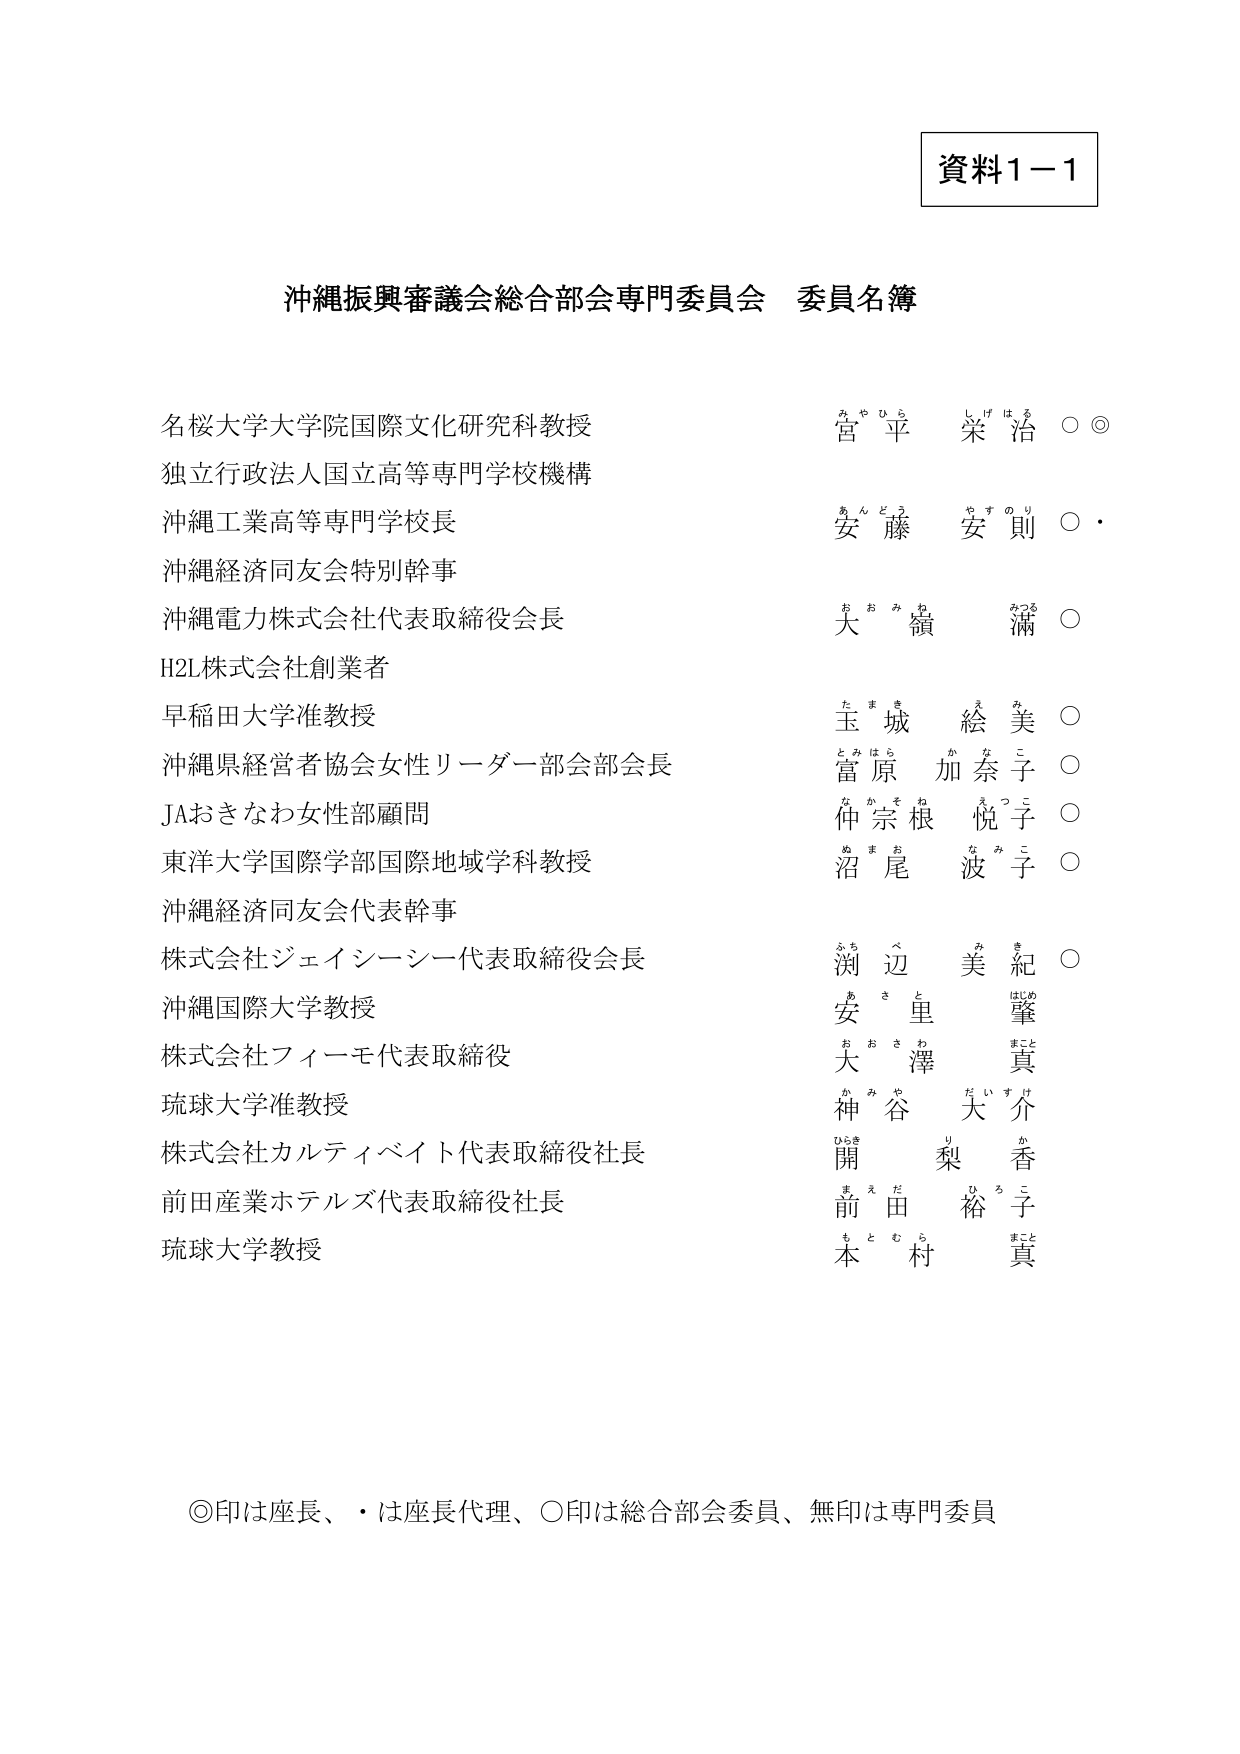
資料1－1

沖縄振興審議会総合部会専門委員会 委員名簿

名桜大学大学院国際文化研究科教授　　　　　　　　　宮 平 栄 治 ○◎
独立行政法人国立高等専門学校機構
沖縄工業高等専門学校長　　　　　　　　　　　　　　安 藤 安 則 ○・
沖縄経済同友会特別幹事
沖縄電力株式会社代表取締役会長　　　　　　　　　　大 嶺 滿 ○
H2L株式会社創業者
早稲田大学准教授　　　　　　　　　　　　　　　　　玉 城 絵 美 ○
沖縄県経営者協会女性リーダー部会部会長　　　　　　冨 原 加 奈 子 ○
JAおきなわ女性部顧問　　　　　　　　　　　　　　　仲 宗 根 悦 子 ○
東洋大学国際学部国際地域学科教授　　　　　　　　　沼 尾 波 子 ○
沖縄経済同友会代表幹事
株式会社ジェイシーシー代表取締役会長　　　　　　　渕 辺 美 紀 ○
沖縄国際大学教授
株式会社フィーモ代表取締役　　　　　　　　　　　　安 里 肇
大 澤 真
琉球大学准教授　　　　　　　　　　　　　　　　　　神 谷 大 介
株式会社カルティベイト代表取締役社長　　　　　　　開 梨 香
前田産業ホテルズ代表取締役社長　　　　　　　　　　前 田 裕 子
琉球大学教授　　　　　　　　　　　　　　　　　　　本 村 真

◎印は座長、・は座長代理、○印は総合部会委員、無印は専門委員